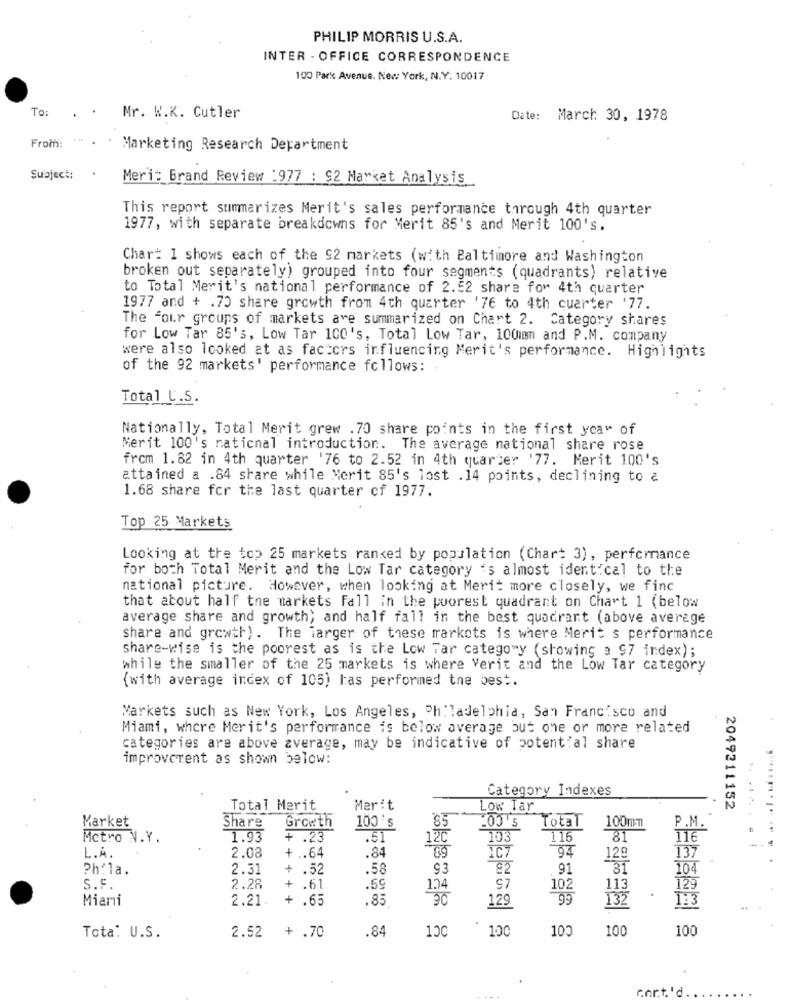
PHILIP MORRIS U.S.A.
INTER - OFFICE CORRESPONDENCE
100 Park Avenue. New York, N.Y. 10017
To:
Mr. W.K. Cutler
Date: March 30, 1978
From:
Marketing Research Department
Subject:
Merit Brand Review :977 : 92 Market Analysis
This report summarizes Merit's sales performance through 4th quarter
1977, with separate breakdowns for Merit 85's and Merit 100's.
Chart I shows each of the 92 markets (with Baltimore and Washington
broken out separately) grouped into four segments (quadrants) relative
to Total Merit's national performance of 2.52 share for 4th quarter
1977 and + .70 share growth from 4th quarter '76 to 4th quarter '77.
The "our groups of markets are summarized on Chart 2. Category shares
for Low Tar 85's, Low Tar 100's, Total Low Tar, 100mm and P.M. company
were also looked at as factors influencing Merit's performance. Highlights
of the 92 markets' performance follows:
Total U.S.
Nationally, Total Merit grew . 70 share points in the first year of
Merit 100's national introduction. The average national share rose
from 1.82 in 4th quarter '76 to 2.52 in 4th quarter '77. Merit 100's
attained a .84 share while Merit 85's lost .14 points, declining to a
1.68 share for the last quarter of 1977.
Top 25 Markets
Looking at the top 25 markets ranked by population (Chart 3), performance
for both Total Merit and the Low Tar category 's almost identical to the
national picture. However, when looking at Merit more closely, we finc
that about half the markets Fall in the poorest quadrant on Chart 1 (below
average share and growth; and half fall in the best quadrant (above average
share and growth). The larger of these markets is where Merit s performance
share-wise is the poorest as is the Low Tar category (showing a 97 index);
while the smaller of the 25 markets is where Verit and the Low Tar category
(with average index of 105) has performed the best.
Markets such as New York, Los Angeles, Philadelphia, San Francisco and
Miami, where Merit's performance is below average but one or more related
categories are above average, may be indicative of potential share
improverent as shown below:
Category Indexes
.. ...
Total Merit
Merit
Low Tar
2049211152
Market
85
Share
Growth
100 's
Total 100mm
P.M.
Metro N.Y.
1.93
+ .23
.51
103
115
81
116
+ .. 64
.84
94
L.A.
2.08
129
137
Phila.
2.31
+ .52
.58
93
92
91
81
104
S.F.
2.28
+ .61
.59
1.74
S7
102
113
129
Miami
2.21.
+
.65
.85
129
99
132
173
.84
100
10
100
Tota: U.S.
2.52
+ .70
100
100
cort'd